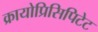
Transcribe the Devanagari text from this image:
क्रायोप्रिसिपिटेट